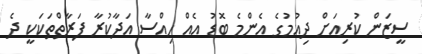
ސީޒަން ކުރިއަށް ދިއުމުގެ އެންމެ ބޮޑު އެއް ހިއްސާ އަދާކުރާ ފަރާތްތަކަކީ ދެ